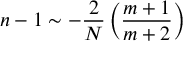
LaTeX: n - 1 \sim - \frac { 2 } { N } \left( \frac { m + 1 } { m + 2 } \right)